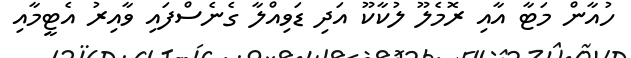
ހުއާން މަޓާ އާއި ރޮމެލޫ ލުކާކޫ އަދި ޑަވިއްލާ ގެނެސްފައި ވާއިރު އެޓީމާއި